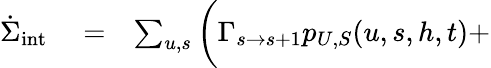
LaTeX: \begin{array}{rlr}{\dot{\Sigma}_{\mathrm{int}}}&{{}=}&{\sum_{u,s}\bigg(\Gamma_{s\to s+1}p_{U,S}(u,s,h,t)+}\end{array}